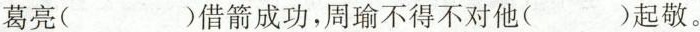
葛亮 ( ) 借箭成功，周瑜不得不对他 ( ) 起敬。